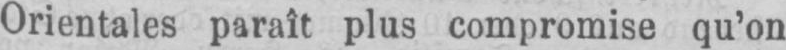
Orientales paraît plus compromise qu’on